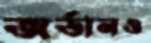
জর্ডানও